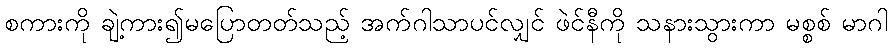
စကားကို ချဲ့ကား၍မပြောတတ်သည့် အက်ဂါသာပင်လျှင် ဖဲင်နီကို သနားသွားကာ မစ္စစ် မာဂါ